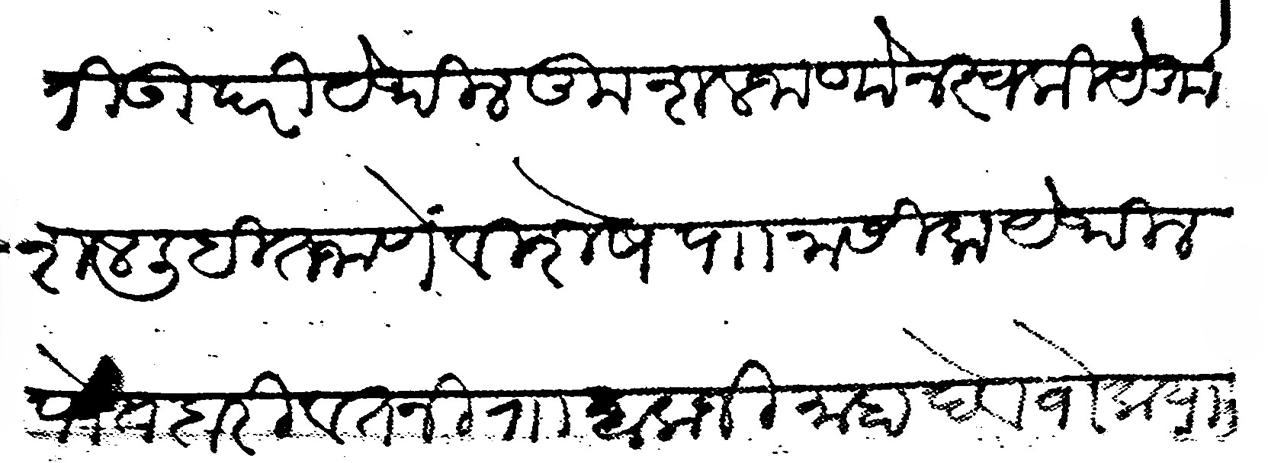
Transliteration (Devanagari): विनंती उपरी येथील कुशल जाणोन स्वकीये कुशल लिहित जाणे विशेष प नासिक येथील पोतदारी वतनी रा बालाजी माहादेव वोक यास